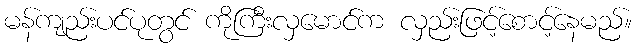
မန်ကျည်းပင်ပုတွင် ကိုကြီးလှမောင်က လှည်းဖြင့်စောင့်နေမည်။